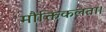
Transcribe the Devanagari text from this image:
मौक्तिकलता।